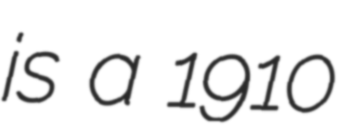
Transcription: is a 1910